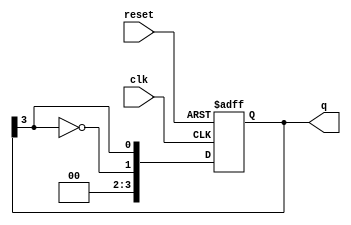
module JohnsonCounter #(
    parameter N = 4 // You can change N to specify the number of bits
) (
    input wire clk,         // Clock input
    input wire reset,       // Asynchronous reset
    output reg [N-1:0] q    // Output state of the counter
);

    always @(posedge clk or posedge reset) begin
        if (reset) begin
            q <= 0; // Initialize the counter to 0 on reset
        end else begin
            // Johnson counter state transition
            q <= {~q[N-1], q[N-1:N-1]}; // Shift and feed inverted last FF to first
        end
    end
    
endmodule